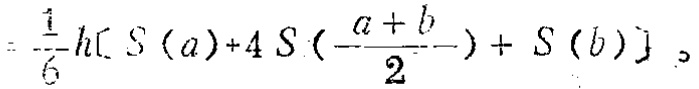
$=\frac{1}{6}h\left[S(a)+4S\left(\frac{a + b}{2}\right)+S(b)\right]。$